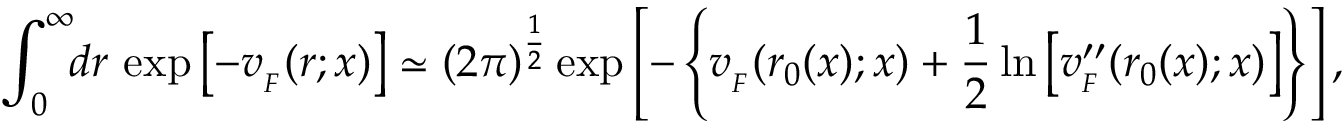
\int _ { 0 } ^ { \infty } \! \! d r \, \exp \left[ - v _ { _ { F } } ( r ; x ) \right] \simeq ( 2 \pi ) ^ { { \frac { 1 } { 2 } } } \exp \left[ - \left\{ v _ { _ { F } } ( r _ { 0 } ( x ) ; x ) + { \frac { 1 } { 2 } } \ln \left[ v _ { _ { F } } ^ { \prime \prime } ( r _ { 0 } ( x ) ; x ) \right] \right\} \right] ,